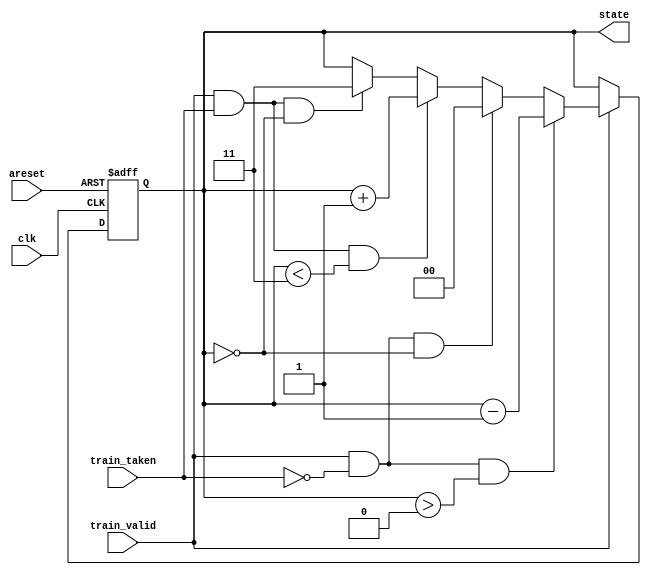
module top_module(
    input clk,
    input areset,
    input train_valid,
    input train_taken,
    output reg [1:0] state
);
    parameter [1:0] Weak_Not_Taken   = 2'b01,
    				Strong_Not_Taken = 2'b00,
    				Weak_Taken       = 2'b10,
    				Strong_Taken     = 2'b11;
    
    reg [1:0] counter;
    
    always @ (posedge clk or posedge areset)
        begin
            if (areset)
                counter <= Weak_Not_Taken;
            else if (train_valid == 0)
                counter <= counter;
            else if (train_valid == 1 && train_taken == 0 && counter > 2'b00)
                counter <= counter - 2'b1;
            else if (train_valid == 1 && train_taken == 0 && counter == 2'b00)
                counter <= Strong_Not_Taken;
            else if (train_valid == 1 && train_taken == 1 && counter < 2'b11)
                counter <= counter + 2'b1;
            else if (train_valid == 1 && train_taken == 1 && counter == 2'b00)
                counter <= Strong_Taken;
            else
                counter <= counter;
        end
    
    assign state = counter;

endmodule